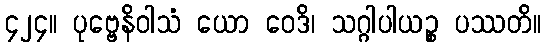
၄၂၄။ ပုဗ္ဗေနိဝါသံ ယော ဝေဒိ၊ သဂ္ဂါပါယဉ္စ ပဿတိ။